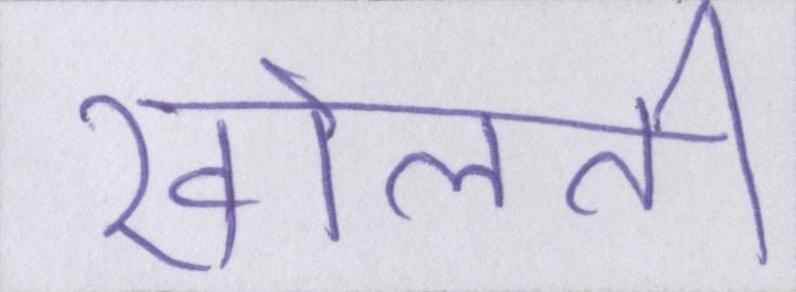
खोलती